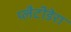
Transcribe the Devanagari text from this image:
प्लैटीडेरा